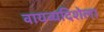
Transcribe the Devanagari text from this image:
वायव्यदिशेला